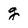
Character: g